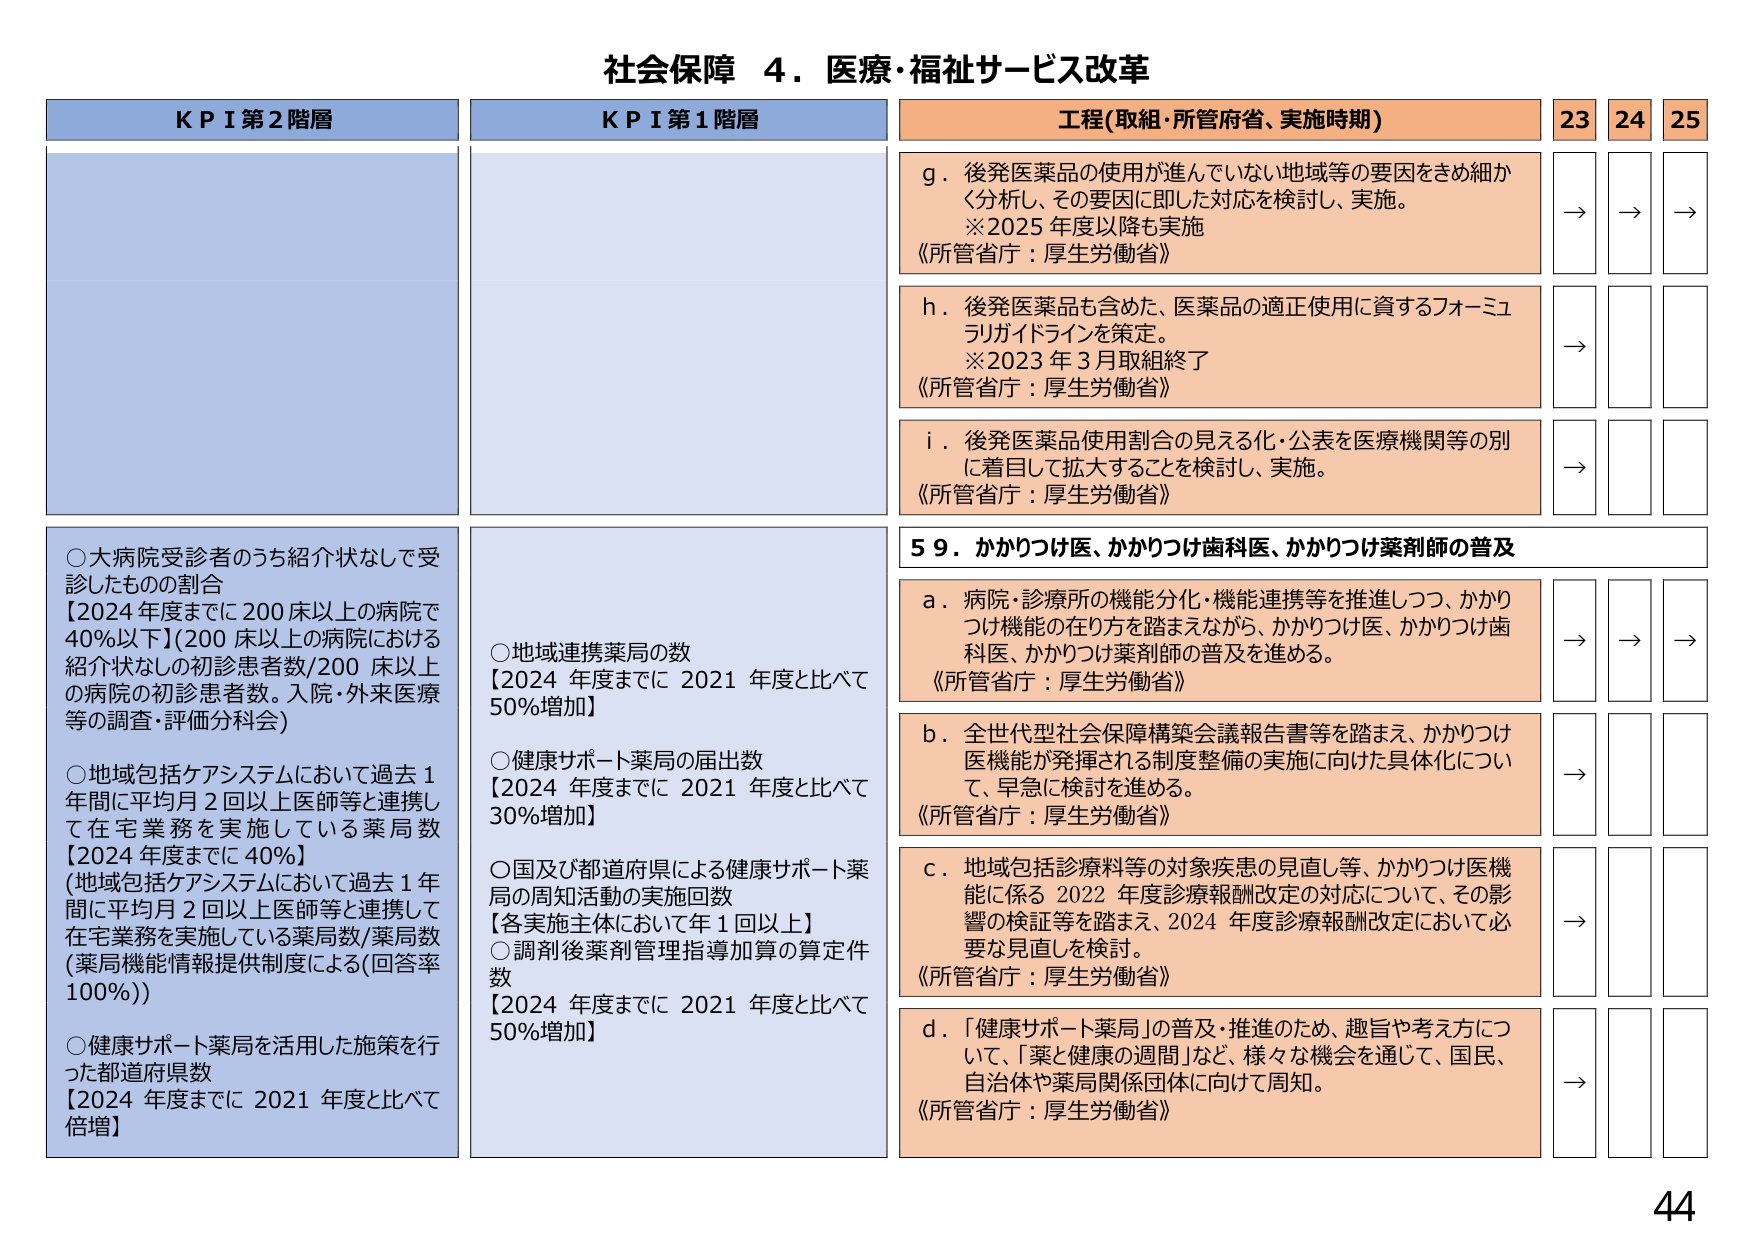
社会保障 ４．医療・福祉サービス改革

KPI 第2階層
○大病院受診者のうち紹介状なしで受診したもの割合
【2024年度までに200床以上の病院で40％以下】（200床以上の病院における紹介状なしの初診患者数/200床以上の病院の初診患者数。入院・外来医療等の調査・評価分科会）
○地域包括ケアシステムにおいて過去1年間に平均月2回以上医師等と連携して在宅業務を実施している薬局数
【2024年度までに40％】
（地域包括ケアシステムにおいて過去1年間に平均月2回以上医師等と連携して在宅業務を実施している薬局数/薬局数（薬局機能情報提供制度による（回答率100％）））
○健康サポート薬局を活用した施策を行った都道府県数
【2024年度までに2021年度と比べて倍増】

KPI 第1階層
○地域連携薬局の数
【2024年度までに2021年度と比べて50％増加】
○健康サポート薬局の届出数
【2024年度までに2021年度と比べて30％増加】
○国及び都道府県による健康サポート薬局の周知活動の実施回数
【各実施主体において年1回以上】
○調剤後薬剤管理指導加算の算定件数
【2024年度までに2021年度と比べて50％増加】

工程（取組・所管府省、実施時期）
g．後発医薬品の使用が進んでいない地域等の要因をきめ細かく分析し、その要因に即した対応を検討し、実施。
※2025年度以降も実施
《所管省庁：厚生労働省》
h．後発医薬品も含めた、医薬品の適正使用に資するフォーミュラガイドラインを策定。
※2023年3月取組終了
《所管省庁：厚生労働省》
i．後発医薬品使用割合の見える化・公表を医療機関等の別に着目して拡大することを検討し、実施。
《所管省庁：厚生労働省》

59．かかりつけ医、かかりつけ歯科医、かかりつけ薬剤師の普及
a．病院・診療所の機能分化・機能連携等を推進しつつ、かかりつけ機能の在り方を踏まえながら、かかりつけ医、かかりつけ歯科医、かかりつけ薬剤師の普及を進める。
《所管省庁：厚生労働省》
b．全世代型社会保障構築会議報告書等を踏まえ、かかりつけ医機能が発揮される制度整備の実施に向けた具体化について、早急に検討を進める。
《所管省庁：厚生労働省》
c．地域包括診療料等の対象疾患の見直し等、かかりつけ医機能に係る2022年度診療報酬改定の対応について、その影響の検証等を踏まえ、2024年度診療報酬改定において必要な見直しを検討。
《所管省庁：厚生労働省》
d．「健康サポート薬局」の普及・推進のため、趣旨や考え方について、「薬と健康の週間」など、様々な機会を通じて、国民、自治体や薬局関係団体に向けて周知。
《所管省庁：厚生労働省》

23 24 25
→ → →
→
→
→ → →
→
→
→
→

44